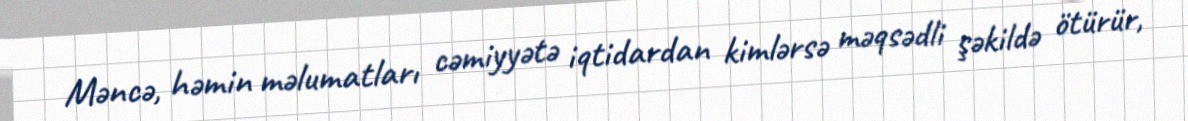
Məncə, həmin məlumatları cəmiyyətə iqtidardan kimlərsə məqsədli şəkildə ötürür,